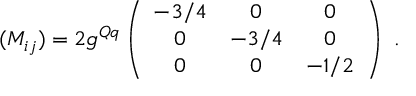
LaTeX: ( M _ { i j } ) = 2 g ^ { Q q } \left( \begin{array} { c c c } { { - 3 / 4 } } & { { 0 } } & { { 0 } } \\ { { 0 } } & { { - 3 / 4 } } & { { 0 } } \\ { { 0 } } & { { 0 } } & { { - 1 / 2 } } \end{array} \right) \ .